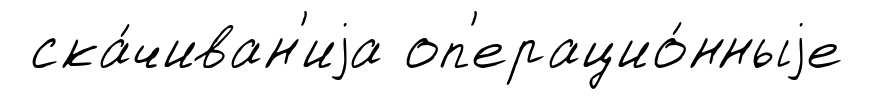
ска́чиван'иjа оп'ерацио́нныjе